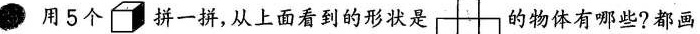
用5个 拼一拼，从上面看到的形状是 的物体有哪些?都画